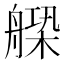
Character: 𦩺